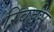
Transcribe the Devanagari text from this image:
रिवर्डस